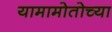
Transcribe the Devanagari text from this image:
यामामोतोच्या